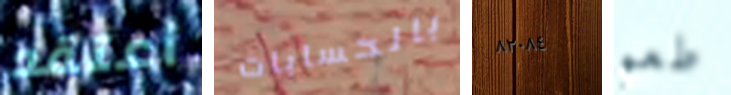
أعتقد بالحسابات ٨٢٠٨٤ طعم